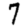
Digit: 7